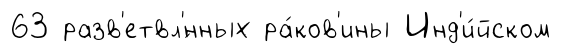
63 разв'етвл'́нных ра́ков'ины Инд'и́йском